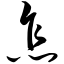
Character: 怎